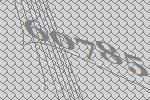
60785